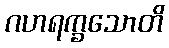
ဂဟရက္ခသောတိ